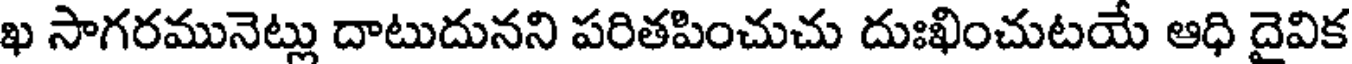
ఖ సాగరమునెట్లు దాటుదునని పరితపించుచు దుఃఖించుటయే ఆధి దైవిక